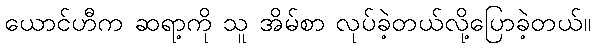
ယောင်ဟီက ဆရာ့ကို သူ အိမ်စာ လုပ်ခဲ့တယ်လို့ပြောခဲ့တယ်။